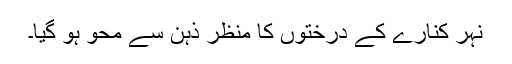
نہر کنارے کے درختوں کا منظر ذہن سے محو ہو گیا۔